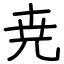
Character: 尭